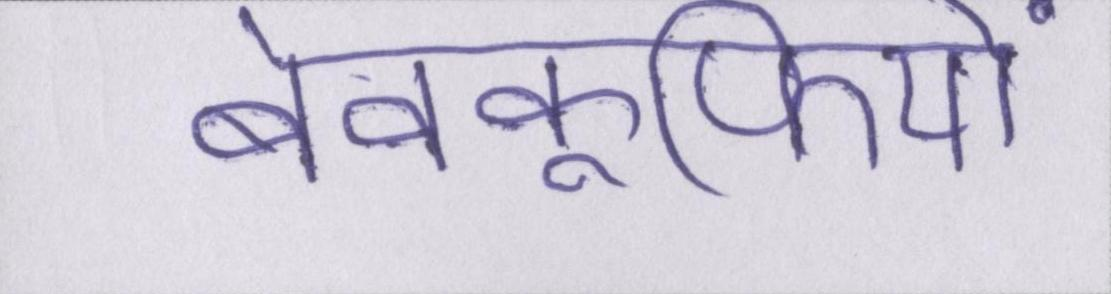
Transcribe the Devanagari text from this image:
बेवकूफियों